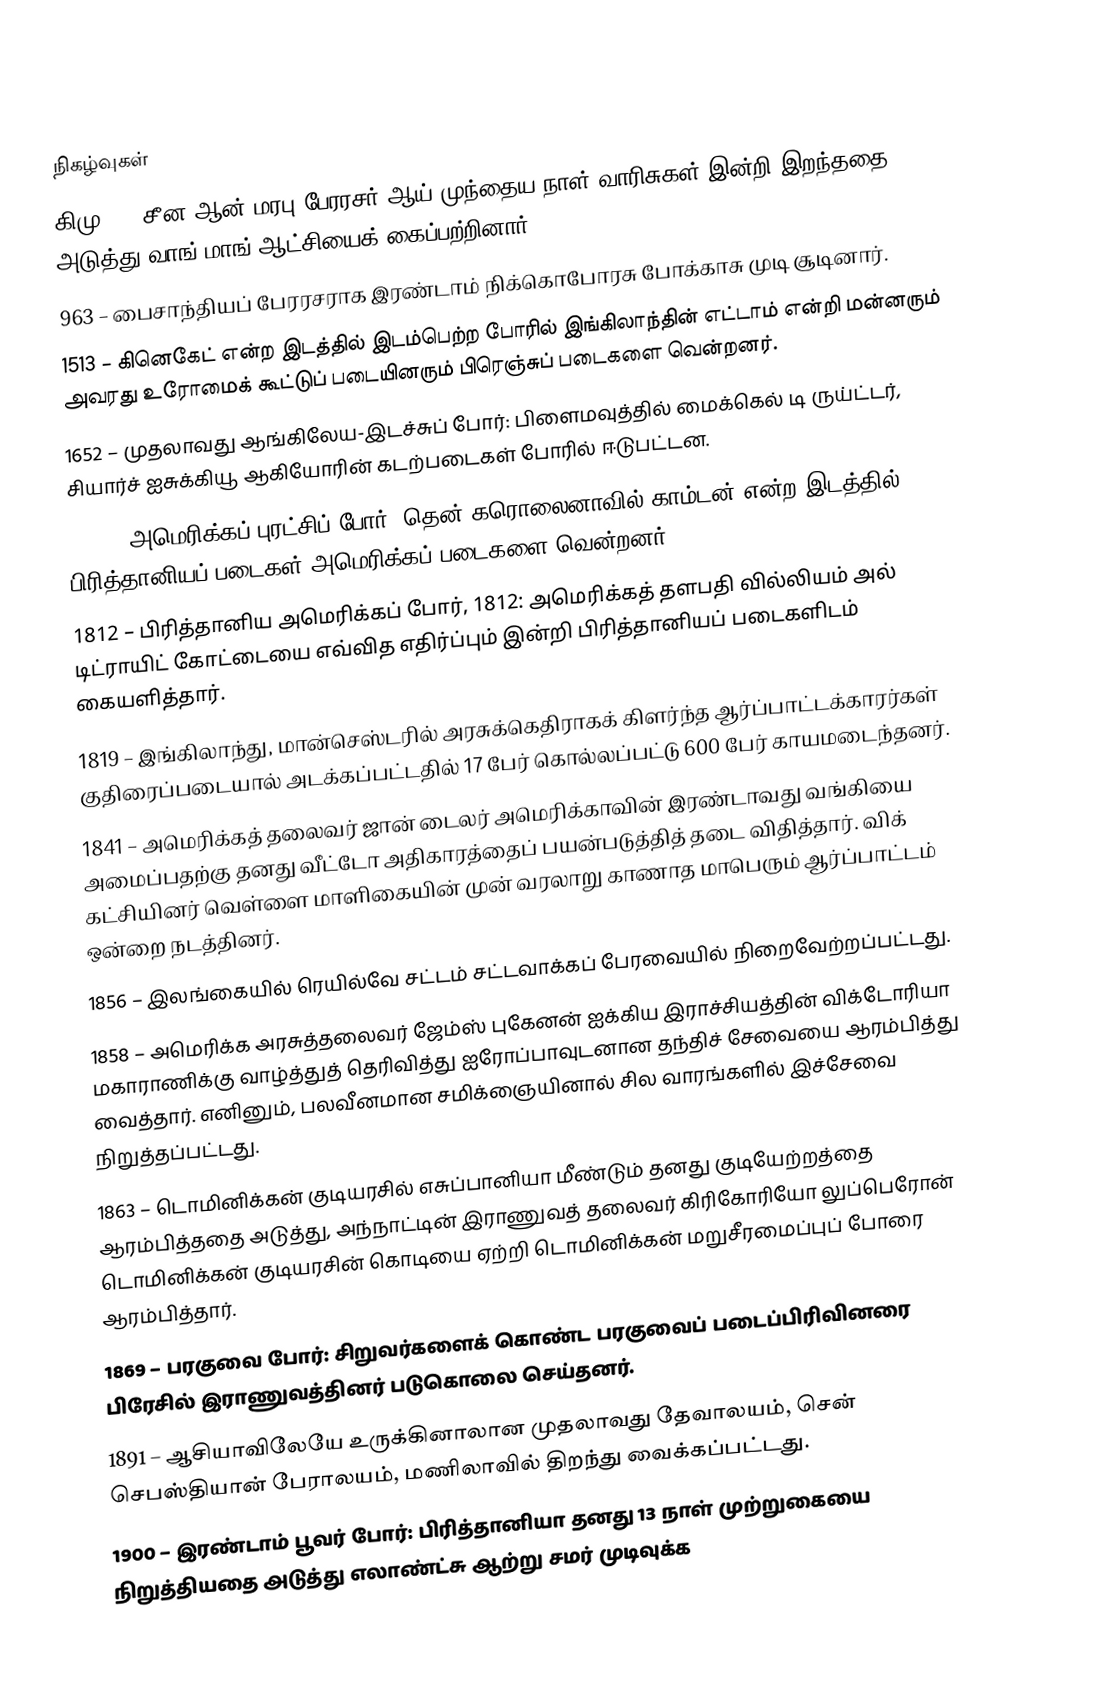

நிகழ்வுகள்
கிமு 1 – சீன ஆன் மரபு பேரரசர் ஆய் முந்தைய நாள் வாரிசுகள் இன்றி இறந்ததை அடுத்து வாங் மாங் ஆட்சியைக் கைப்பற்றினார்.
963 – பைசாந்தியப் பேரரசராக இரண்டாம் நிக்கொபோரசு போக்காசு முடி சூடினார்.
1513 – கினெகேட் என்ற இடத்தில் இடம்பெற்ற போரில் இங்கிலாந்தின் எட்டாம் என்றி மன்னரும் அவரது உரோமைக் கூட்டுப் படையினரும் பிரெஞ்சுப் படைகளை வென்றனர்.
1652 – முதலாவது ஆங்கிலேய-இடச்சுப் போர்: பிளைமவுத்தில் மைக்கெல் டி ருய்ட்டர், சியார்ச் ஐசுக்கியூ ஆகியோரின் கடற்படைகள் போரில் ஈடுபட்டன.
1780 – அமெரிக்கப் புரட்சிப் போர்: தென் கரொலைனாவில் காம்டன் என்ற இடத்தில் பிரித்தானியப் படைகள் அமெரிக்கப் படைகளை வென்றனர்.
1812 – பிரித்தானிய அமெரிக்கப் போர், 1812: அமெரிக்கத் தளபதி வில்லியம் அல் டிட்ராயிட் கோட்டையை எவ்வித எதிர்ப்பும் இன்றி பிரித்தானியப் படைகளிடம் கையளித்தார்.
1819 – இங்கிலாந்து, மான்செஸ்டரில் அரசுக்கெதிராகக் கிளர்ந்த ஆர்ப்பாட்டக்காரர்கள் குதிரைப்படையால் அடக்கப்பட்டதில் 17 பேர் கொல்லப்பட்டு 600 பேர் காயமடைந்தனர்.
1841 – அமெரிக்கத் தலைவர் ஜான் டைலர் அமெரிக்காவின் இரண்டாவது வங்கியை அமைப்பதற்கு தனது வீட்டோ அதிகாரத்தைப் பயன்படுத்தித் தடை விதித்தார். விக் கட்சியினர் வெள்ளை மாளிகையின் முன் வரலாறு காணாத மாபெரும் ஆர்ப்பாட்டம் ஒன்றை நடத்தினர்.
1856 – இலங்கையில் ரெயில்வே சட்டம் சட்டவாக்கப் பேரவையில் நிறைவேற்றப்பட்டது.
1858 – அமெரிக்க அரசுத்தலைவர் ஜேம்ஸ் புகேனன் ஐக்கிய இராச்சியத்தின் விக்டோரியா மகாராணிக்கு வாழ்த்துத் தெரிவித்து ஐரோப்பாவுடனான தந்திச் சேவையை ஆரம்பித்து வைத்தார். எனினும், பலவீனமான சமிக்ஞையினால் சில வாரங்களில் இச்சேவை நிறுத்தப்பட்டது.
1863 – டொமினிக்கன் குடியரசில் எசுப்பானியா மீண்டும் தனது குடியேற்றத்தை ஆரம்பித்ததை அடுத்து, அந்நாட்டின் இராணுவத் தலைவர் கிரிகோரியோ லுப்பெரோன் டொமினிக்கன் குடியரசின் கொடியை ஏற்றி டொமினிக்கன் மறுசீரமைப்புப் போரை ஆரம்பித்தார்.
1869 – பரகுவை போர்: சிறுவர்களைக் கொண்ட பரகுவைப் படைப்பிரிவினரை பிரேசில் இராணுவத்தினர் படுகொலை செய்தனர்.
1891 – ஆசியாவிலேயே உருக்கினாலான முதலாவது தேவாலயம், சென் செபஸ்தியான் பேராலயம், மணிலாவில் திறந்து வைக்கப்பட்டது.
1900 – இரண்டாம் பூவர் போர்: பிரித்தானியா தனது 13 நாள் முற்றுகையை நிறுத்தியதை அடுத்து எலாண்ட்சு ஆற்று சமர் முடிவுக்க